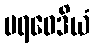
ပရဝေဒိယံ